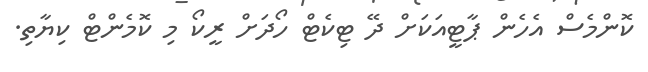
ކޮންމެސް އެހެން ޕާޓީއަކަށް ދޭ ޓިކެޓް ހޯދަށް ރީކޯ މި ކޮމެންޓް ކިޔާތި.